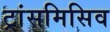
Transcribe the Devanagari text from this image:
ट्रांसमिसिव